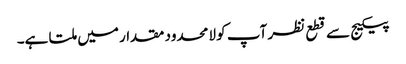
پیکیج سے قطع نظر آپ کو لامحدود مقدار میں ملتا ہے۔